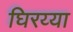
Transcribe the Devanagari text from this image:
घिरय्या